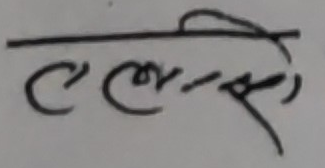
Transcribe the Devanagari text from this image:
एल.एस.ी.